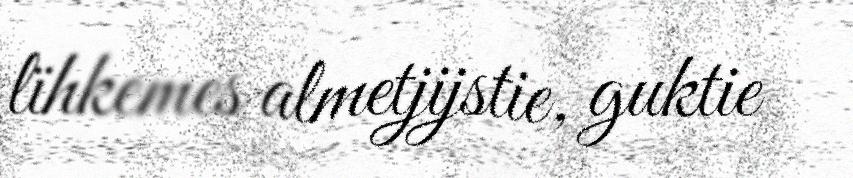
lïhkemes almetjijstie, guktie